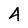
Character: 4